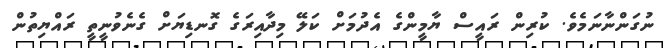
ނުގަންނާނަމެވެ. ކުރިން ރައީސް ޔާމީންގެ އެދުމަށް ކަލޭ މިދާއިރަގެ ގޮނޑިޔަށް ގެނެވުނީތީ ރައްޔިތުން